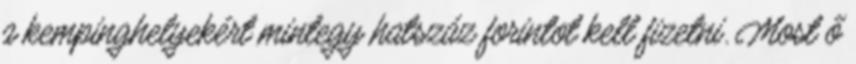
a kempinghelyekért mintegy hatszáz forintot kell fizetni. Most ő